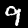
Label: 9